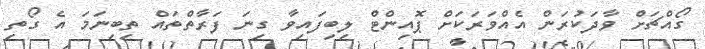
ގޯއްޗަށް ވާދަކުރަން އެއްވަރަކަށް ޕޮއިންޓް ލިބިފައިވާ ގިނަ ފަރާތްތައް ތިބިނަމަ އެ ގޯތި